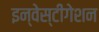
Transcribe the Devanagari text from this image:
इन्वेस्टीगेशन